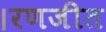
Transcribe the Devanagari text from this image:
।रणजीत